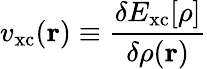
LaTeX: v_{\mathrm{xc}}(\mathbf{r})\equiv{\frac{\delta E_{\mathrm{xc}}[\rho]}{\delta\rho(\mathbf{r})}}